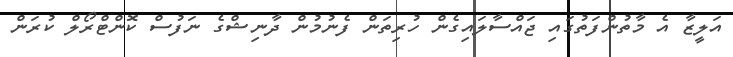
އަލީޒާ އެ މާތުންފަތުގައި ޖައްސާލައިގެން ހުރިތަން ފެނުމުން ދާނިޝްގެ ނަފުސް ކޮންޓްރޯލް ކުރަން